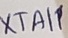
Text: XTAI1